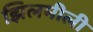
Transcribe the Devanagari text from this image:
झिलमीली